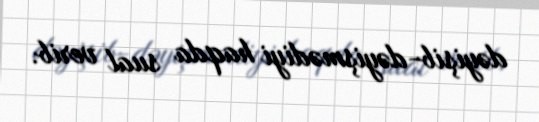
dəyişib-dəyişmədiyi haqda sual verib.